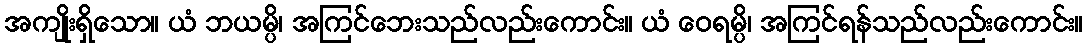
အကျိုးရှိသော။ ယံ ဘယမ္ပိ၊ အကြင်ဘေးသည်လည်းကောင်း။ ယံ ဝေရမ္ပိ၊ အကြင်ရန်သည်လည်းကောင်း။